Dysentery and liver abscess in Bombay - Number 47
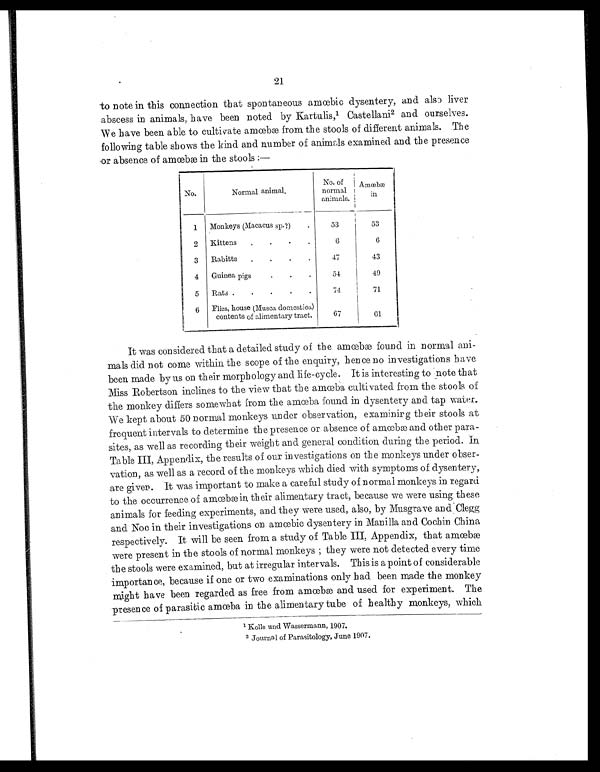
21
to note in this connection that spontaneous amœbic dysentery, and also liver
abscess in animals, have been noted by Kartulis, 1 Castellani2 and ourselves.
We have been able to cultivate amœbæ from the stools of different animals. The
following table shows the kind and number of animals examined and the presence
or absence of amœbæ in the stools :—
No.
Normal animal.
No. of
normal
animals.
Amœbæ
in
1
Monkeys (Macacus sp.?) .
53
53
2
Kittens . . . .
6
6
3
Rabitts . . . .
47
43
4
Guinea pigs . . .
54
49
5
Rats . . . . .
74
71
6
Flies, house (Musca domestica)
contents of alimentary tract.
67
61
It was considered that a detailed study of the amœbæ found in normal ani-
mals did not come within the scope of the enquiry, hence no in vestigations have
been made by us on their morphology and life-cycle. It is interesting to note that
Miss Robertson inclines to the view that the amœba cultivated from the stools of
the monkey differs somewhat from the amœba found in dysentery and tap water.
We kept about 50 normal monkeys under observation, examinirg their stools at
frequent intervals to determine the presence or absence of amœbæ and other para-
sites, as well as recording their weight and general condition during the period. In
Table III, Appendix, the results of our investigations on the monkeys under obser-
vation, as well as a record of the monkeys which died with s ymptoms of dysentery,
are given. It was important to make a careful study of normal monkeys in regard
to the occurrence of amœbæ in their alimentary tract, because we were using these
animals for feeding experiments, and they were used, also, by Musgrave and Clegg
and Noc in their investigations on amœbic dysentery in Manilla and Cochin China
respectively. It will be seen from a study of Table III, Appendix, that amœbæ
were present in the stools of normal monkeys ; they were not detected every time
the stools were examined, but at irregular intervals. This is a point of considerable
importance, because if one or two examinations only had been made the monkey
might have been regarded as free from amœbæ and used for experiment. The
presence of parasitic amœba in the alimentary tube of healthy monkeys, which
1 Kolle und Wassermann, 1907.
2 Journal of Parasitology, June 1907.